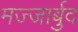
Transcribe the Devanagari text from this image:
मज्जार्बुद